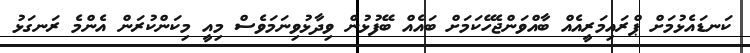
ކަނޑައެެޅުމަށް ޕްރައިމަރީއެއް ބާއްވަންޖެހޭކަމަށް ބައެއް ބޭފުޅުން ވިދާޅުވިނަމަވެސް މިއީ މިކަންކުރަން އެންމެ ރަނގަޅު